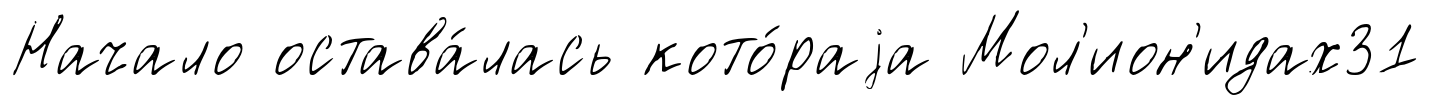
Начало остава́лась кото́раjа Мол'ион'идах31